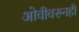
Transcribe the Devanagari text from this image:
ओवीवरुनही